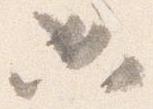
必